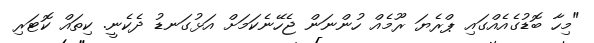
"މިހާ ބޮޑުގެއެއްގައި ޕްރެޔަ ރޫމެއް ހުންނަން ޖެހޭނެކަމަށް އަޅުގަނޑު ދެކެނީ. ކިތައް ކޮޓަރި